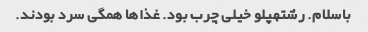
باسلام. رشتهپلو خیلی چرب بود. غذاها همگی سرد بودند.